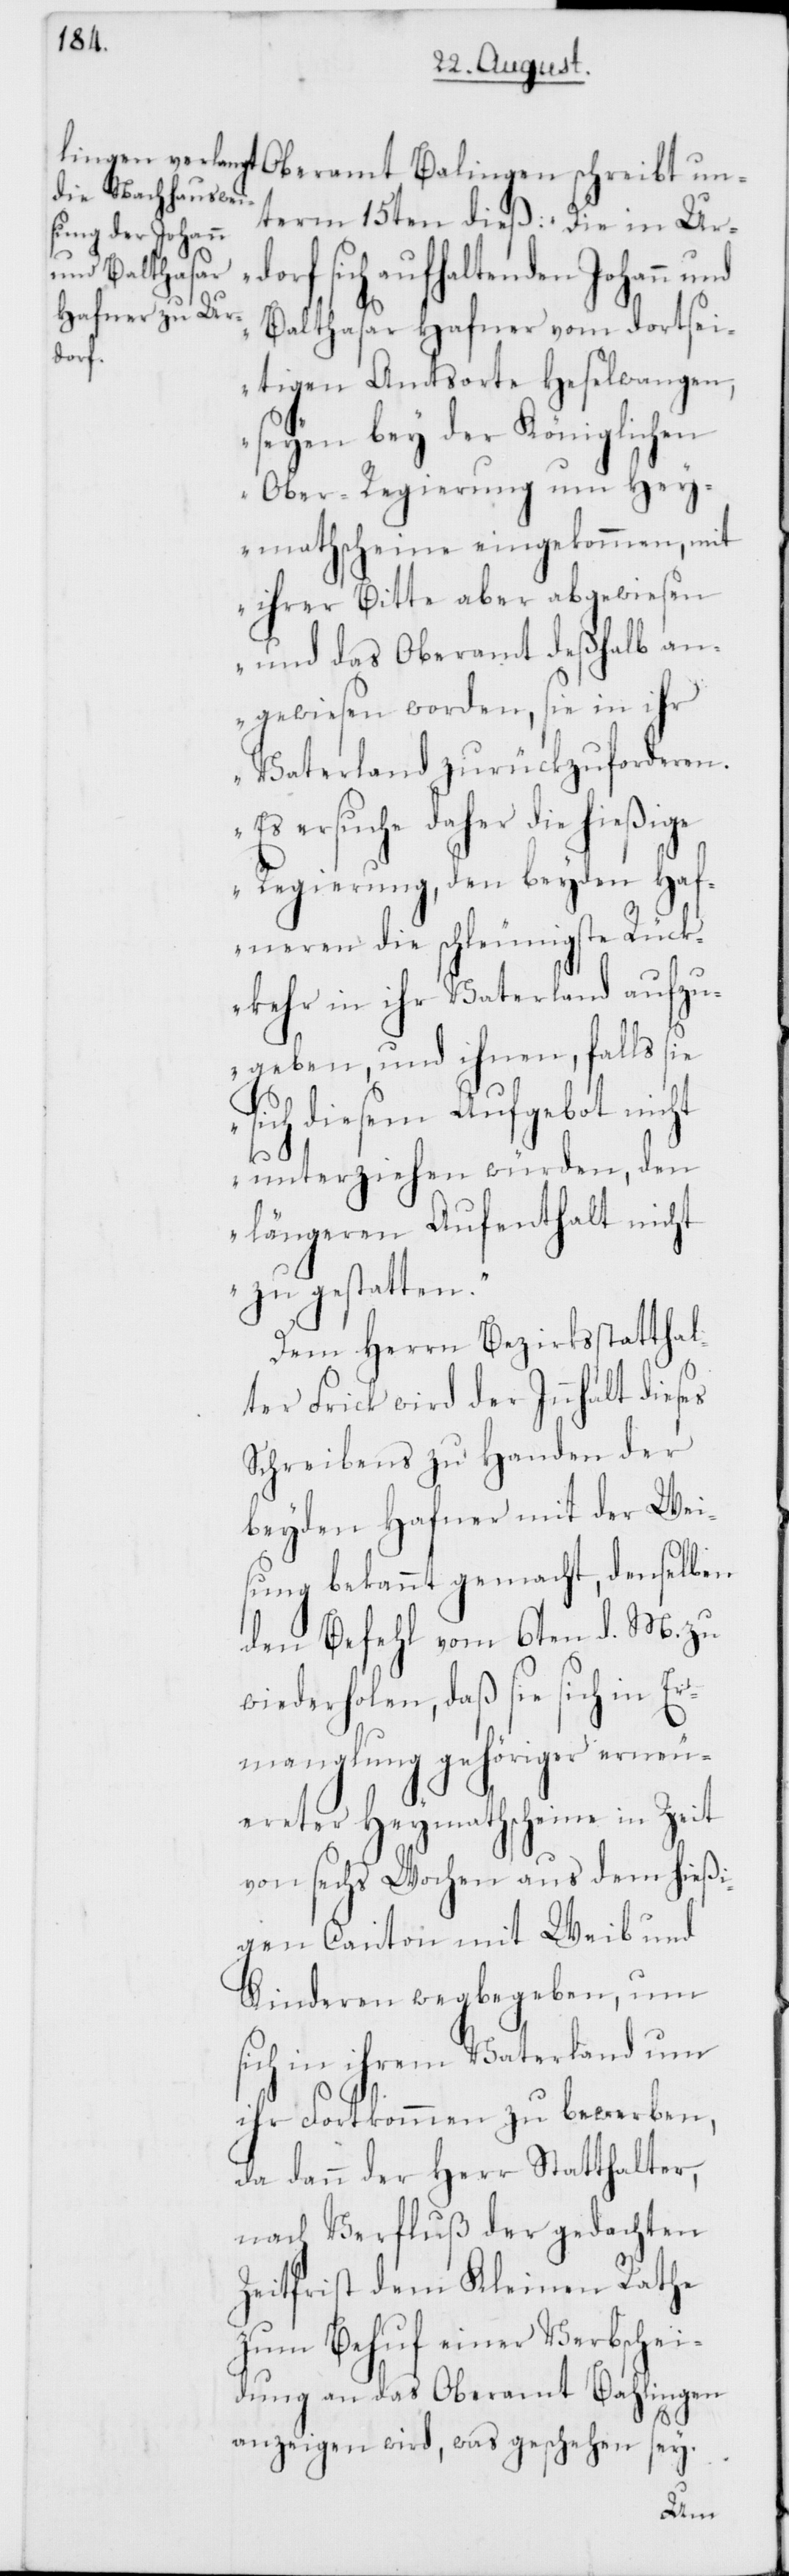
term 15ten dieß: „Die in Ur¬
sich aufhaltenden Johann
Balthasar Hafner vom dortsei¬
dorf
tigen Amtsorte Haselwangen,
seyen bey der Königlichen
Ober-Regierung um Hey¬
mathscheine eingekommen, mit
ihrer Bitte aber abgewiesen
und das Oberamt deßhalb an¬
gewiesen worden, sie in ihr
Vaterland zurückzuforderen.
Es ersuche daher die hießige
Regierung, den beyden Haf¬
neren die schleunigste Rück¬
kehr in ihr Vaterland aufzu¬
geben, und ihnen, falls sie
sich diesem Aufgebot nicht
unterziehen würden, den
längeren Auftenthalt nicht
zu gestatten.“
Dem Herrn Bezirksstatthal¬
ter Frick wird der Innhalt dieses
Schreibens zu Handen der
beyden Hafner mit der Wei¬
sung bekannt gemacht, demselben
den Befehl vom 6ten d. M. zu
wiederholen, daß sie sich in Er¬
manglung gehöriger erneu¬
ereter Heymathscheine in Zeit
von sechs Wochen aus dem hießi¬
gen Canton mit Weib und
Kinderen wegbegeben, um
sich in ihrem Vaterland um
ihr Fortkommen zu bewerben,
da dann der Herr Statthalter,
nach Verfluß der gedachten
Zeitfrist dem Kleinen Rathe
zum Behuf einer Verbschei¬
dung an das Oberamt Bahlingen
anzeigen wird, was geschehen sey.
un¬